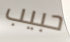
حبيب